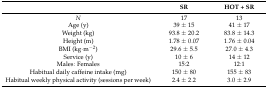
|  | SR | HOT + SR |
 | --- | --- | --- |
 | N | 17 | 13 |
 | Age (y) | 39 ± 15 | 41 ± 17 |
 | Weight (kg) | 93.8 ± 20.2 | 83.8 ± 14.3 |
 | Height (m) | 1.78 ± 0.07 | 1.76 ± 0.04 |
 | BMI (kg·m−2) | 29.6 ± 5.5 | 27.0 ± 4.3 |
 | Service (y) | 10 ± 6 | 14 ± 12 |
 | Males: Females | 15:2 | 12:1 |
 | Habitual daily caffeine intake (mg) | 150 ± 80 | 155 ± 83 |
 | Habitual weekly physical activity (sessions per week) | 2.4 ± 2.2 | 3.0 ± 2.9 |